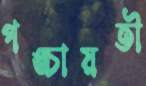
পঙ্চায়তী